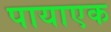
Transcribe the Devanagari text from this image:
पायाएक